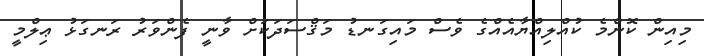
މިއިން ކޮންމެ ކުއްލިއްޔާއެއްގެ ވެސް މައިގަނޑު މަޤްސަދަކަށް ވާނީ ފެންވަރު ރަނގަޅު ޢިލްމީ